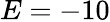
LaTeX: E=-10